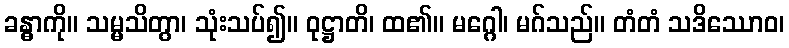
ခန္ဓာကို။ သမ္မသိတွာ၊ သုံးသပ်၍။ ဝုဋ္ဌာတိ၊ ထ၏။ မဂ္ဂေါ၊ မဂ်သည်။ တံတံ သဒိဿောဝ၊